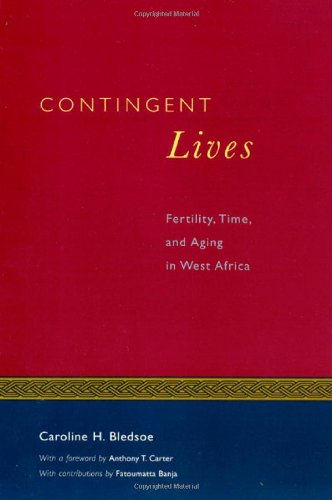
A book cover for Contingent Lives: Fertility, Time, and Aging in West Africa (Lewis Henry Morgan Lecture Series); Caroline H. Bledsoe; Politics & Social Sciences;